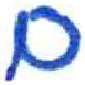
אות: ם